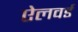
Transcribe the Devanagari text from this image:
ऐलवर्ड